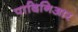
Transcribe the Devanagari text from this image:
पादिनिआर